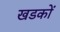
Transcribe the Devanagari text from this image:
खडकों